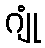
ဂျုံ